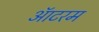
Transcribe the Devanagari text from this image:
ऑटरम